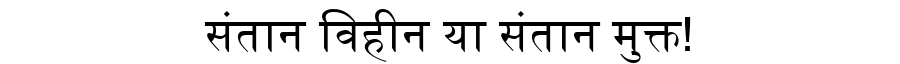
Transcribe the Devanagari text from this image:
संतान विहीन या संतान मुक्त!